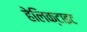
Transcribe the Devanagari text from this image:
हेलिक्टाइट